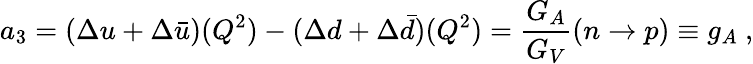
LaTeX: a_{3}=(\Delta u+\Delta\bar{u})(Q^{2})-(\Delta d+\Delta\bar{d})(Q^{2})={\frac{G_{A}}{G_{V}}}(n\rightarrow p)\equiv g_{A}~,